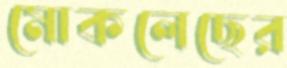
মোকলেছের